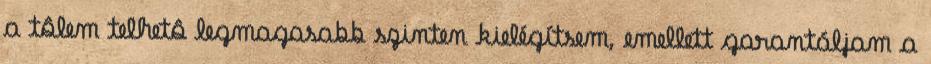
a tôlem telhetô legmagasabb szinten kielégítsem, emellett garantáljam a